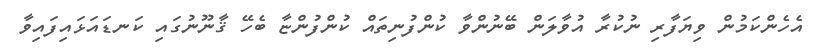
އެހެންކަމުން ވިޔަފާރި ނުކުރާ އުވާލަން ބޭނުންވާ ކުންފުނިތައް ކުންފުންޏާ ބެހޭ ޤާނޫނުގައި ކަނޑައަޅައިފައިވާ